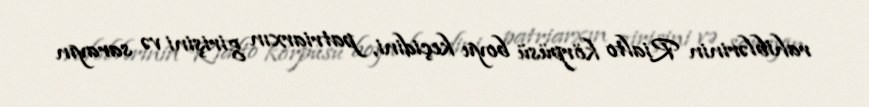
rahiblərinin Rialto körpüsü boyu keçidini, patriarxın girişini və sarayın